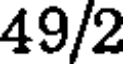
49/2